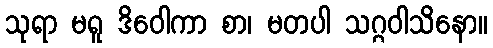
သုရာ မရူ ဒိဝေါကာ စာ၊ မတပါ သဂ္ဂဝါသိနော။